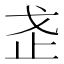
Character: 𭟰